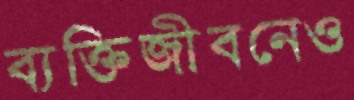
ব্যক্তিজীবনেও